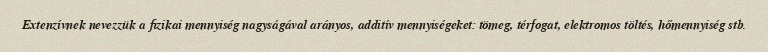
Extenzívnek nevezzük a fizikai mennyiség nagyságával arányos, additív mennyiségeket: tömeg, térfogat, elektromos töltés, hőmennyiség stb.